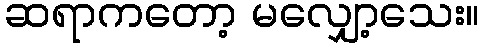
ဆရာကတော့ မလျှော့သေး။